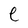
Character: e